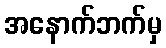
အနောက်ဘက်မှ